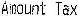
AMOUNT TAX